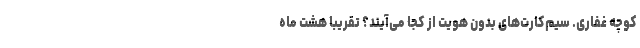
کوچه غفاری. سیم‌کارت‌های بدون هویت از کجا می‌آیند؟ تقریبا هشت ماه